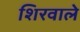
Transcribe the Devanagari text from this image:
शिरवाले